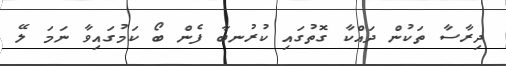
ދިރާސާ ތަކުން ދައްކާ ގޮތުގައި ކުރުނބާ ފެން ބޯ ކަމުގައިވާ ނަމަ ލޭ